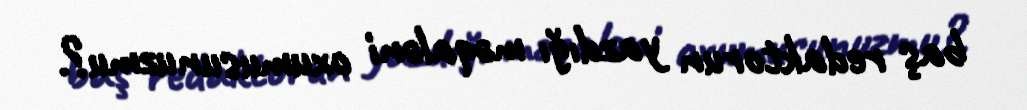
baş redaktorun yazdığı məqaləni oxumusunuzmu?.